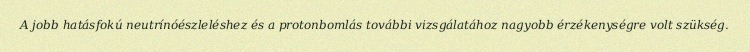
A jobb hatásfokú neutrínóészleléshez és a protonbomlás további vizsgálatához nagyobb érzékenységre volt szükség.